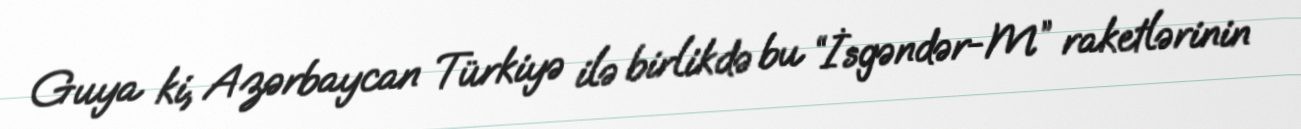
Guya ki, Azərbaycan Türkiyə ilə birlikdə bu “İsgəndər-M” raketlərinin